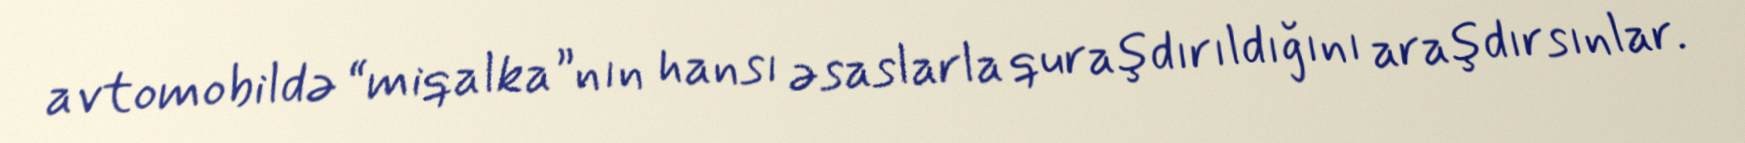
avtomobildə “miqalka”nın hansı əsaslarla quraşdırıldığını araşdırsınlar.